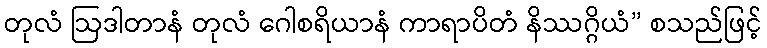
တုလံ ဩဒါတာနံ တုလံ ဂေါစရိယာနံ ကာရာပိတံ နိဿဂ္ဂိယံ” စသည်ဖြင့်